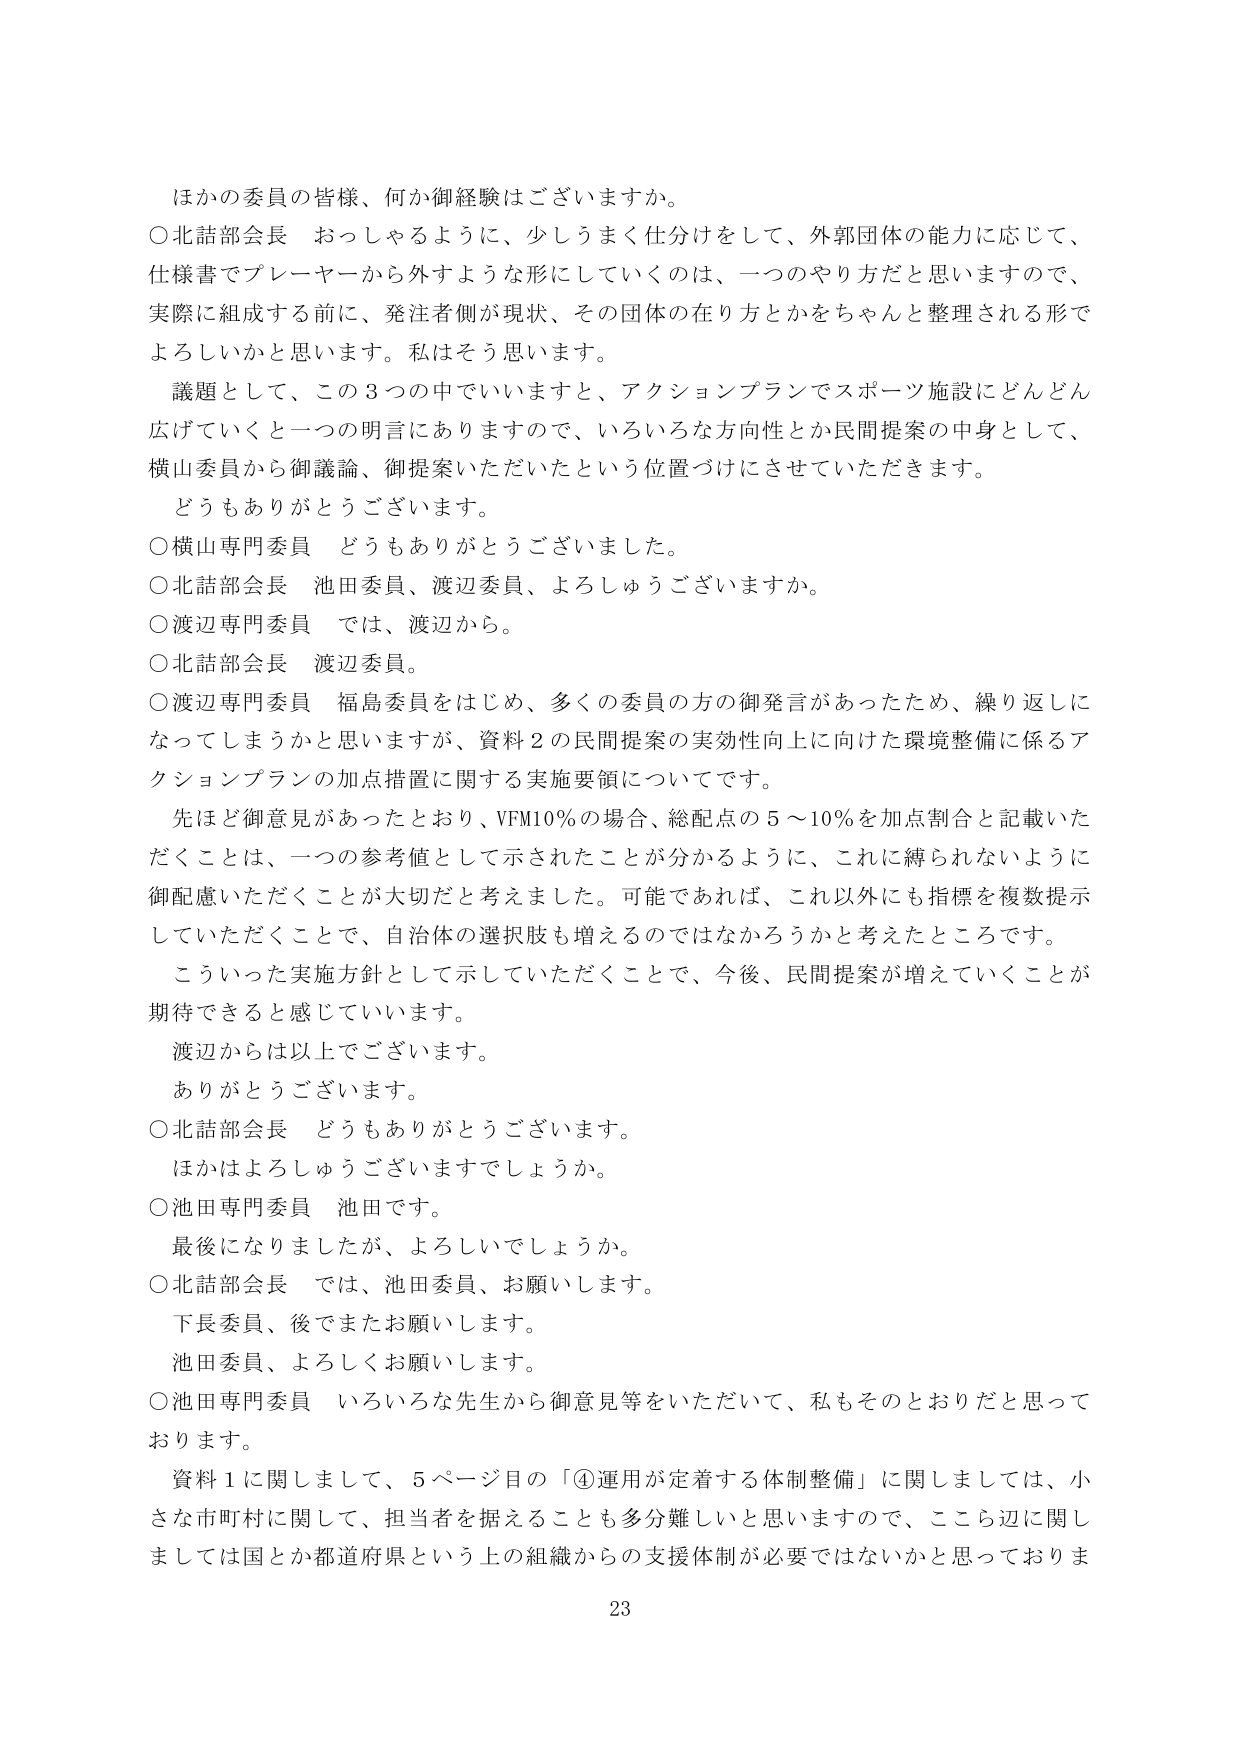
ほかの委員の皆様、何か御経験はございますか。

○北詰部会長　おっしゃるように、少しずつ仕分けをして、外郭団体の能力に応じて、
仕様書でプレーヤーから外すような形にしていくのは、一つのやり方だと思いますので、
実際に組成する前に、発注者側が現状、その団体の在り方とかをちゃんと整理される形で
よろしいかと思います。私はそう思います。

　議題として、この３つの中でいいますと、アクションプランでスポーツ施設にどんどん
広げていくと一つの明言にありますので、いろいろな方向性とか民間提案の中身として、
横山委員から御議論、御提案いただいたという位置づけにさせていただきます。

　どうもありがとうございます。

○横山専門委員　どうもありがとうございました。

○北詰部会長　池田委員、渡辺委員、よろしうございますか。

○渡辺専門委員　では、渡辺から。

○北詰部会長　渡辺委員。

○渡辺専門委員　福島委員をはじめ、多くの委員の方の御発言があったため、繰り返しに
なってしまうかと思いますが、資料２の民間提案の実効性向上に向けた環境整備に係るア
クションプランの加点措置に関する実施要領についてです。

　先ほど御意見があったとおり、VFM10％の場合、総配点の５～10％を加点割合と記載いた
だくことは、一つの参考値として示されたことが分かるように、これに縛られないように
御配慮いただくことが大切だと考えました。可能であれば、これ以外にも指標を複数提示
していただくことで、自治体の選択肢も増えるのではなかろうかと考えたところです。

　こういった実施方針として示していただくことで、今後、民間提案が増えていくことが
期待できると感じています。

　渡辺からは以上でございます。

　ありがとうございます。

○北詰部会長　どうもありがとうございます。

　ほかはよろしうございますでしょうか。

○池田専門委員　池田です。

　最後になりましたが、よろしいでしょうか。

○北詰部会長　では、池田委員、お願いします。

　下長委員、後でまたお願いします。

　池田委員、よろしくお願いします。

○池田専門委員　いろいろな先生から御意見等をいただいて、私もそのとおりだと思って
おります。

　資料１に関しまして、５ページ目の「④運用が定着する体制整備」に関しましては、小
さな市町村に関して、担当者を据えることも多分難しいと思いますので、ここら辺に関し
ましては国とか都道府県という上の組織からの支援体制が必要ではないかと思っておりま

23